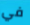
في